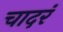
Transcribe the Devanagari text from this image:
चादरं